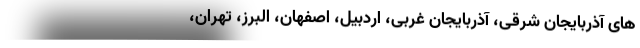
های آذربایجان شرقی، آذربایجان غربی، اردبیل، اصفهان، البرز، تهران،